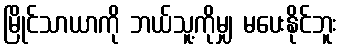
မြိုင်သာယာကို ဘယ်သူ့ကိုမျှ မပေးနိုင်ဘူး